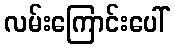
လမ်းကြောင်းပေါ်